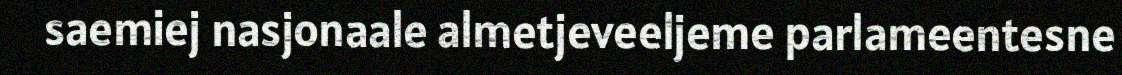
saemiej nasjonaale almetjeveeljeme parlameentesne